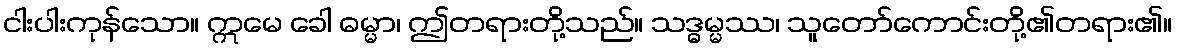
ငါးပါးကုန်သော။ ဣမေ ခေါ ဓမ္မာ၊ ဤတရားတို့သည်။ သဒ္ဓမ္မဿ၊ သူတော်ကောင်းတို့၏တရား၏။